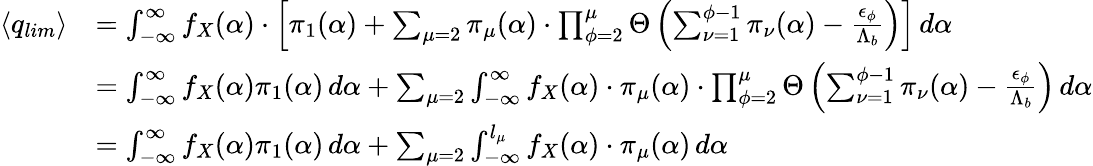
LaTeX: \begin{array}{rl}{\langle q_{lim}\rangle}&{=\int_{-\infty}^{\infty}f_{X}(\alpha)\cdot\left[{\pi}_{1}(\alpha)+\sum_{\mu=2}{\pi}_{\mu}(\alpha)\cdot\prod_{\phi=2}^{\mu}\Theta\left(\sum_{\nu=1}^{\phi-1}{\pi}_{\nu}(\alpha)-\frac{{\epsilon}_{\phi}}{{\Lambda}_{b}}\right)\right]\, d\alpha}\\ &{=\int_{-\infty}^{\infty}f_{X}(\alpha){\pi}_{1}(\alpha)\, d\alpha+\sum_{\mu=2}\int_{-\infty}^{\infty}f_{X}(\alpha)\cdot{\pi}_{\mu}(\alpha)\cdot\prod_{\phi=2}^{\mu}\Theta\left(\sum_{\nu=1}^{\phi-1}{\pi}_{\nu}(\alpha)-\frac{{\epsilon}_{\phi}}{{\Lambda}_{b}}\right)\, d\alpha}\\ &{=\int_{-\infty}^{\infty}f_{X}(\alpha){\pi}_{1}(\alpha)\, d\alpha+\sum_{\mu=2}\int_{-\infty}^{l_{\mu}}f_{X}(\alpha)\cdot{\pi}_{\mu}(\alpha)\, d\alpha}\end{array}